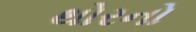
થોરનો